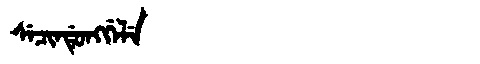
Manchu: ᠰᡝᠴᡳᠨᡩᡠᠩᡤᡝᠯᡝ
Romanization: SECINDUNGGELE